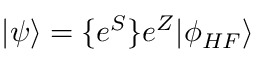
| \psi \rangle = \{ e ^ { S } \} e ^ { Z } | \phi _ { H F } \rangle